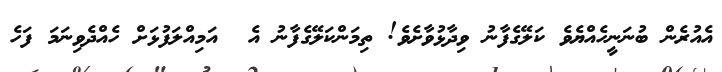
އެއުރެން ބުނަނީހެއްޔެވެ ކަލޭގެފާނު ވިދާޅުވާށެވެ! ތިމަންކަލޭގެފާނު އެ  އަމިއްލަފުޅަށް ހެއްދެވިނަމަ ފަހެ